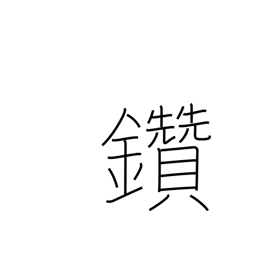
Meaning: make fire by rubbing sticks